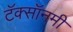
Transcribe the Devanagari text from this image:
टॅक्सॉनमी